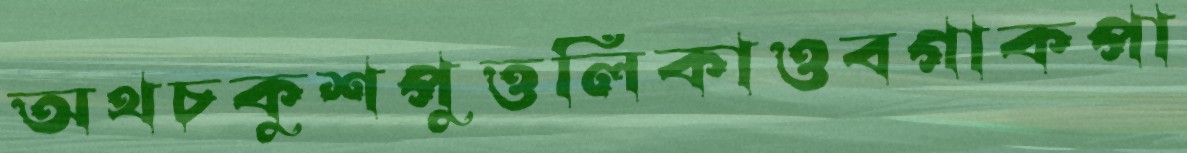
অথচকুশপুত্তলিকাওবগাকপা